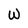
Character: W